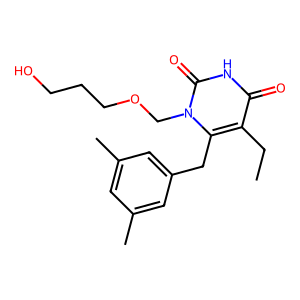
SMILES: CCc1c(Cc2cc(C)cc(C)c2)n(COCCCO)c(=O)[nH]c1=O
Inhibits HIV replication: Yes